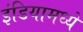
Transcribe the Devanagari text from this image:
इंडियामध्‍ये